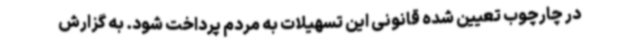
در چارچوب تعیین شده قانونی این تسهیلات به مردم پرداخت شود. به گزارش